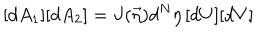
[ d A _ { 1 } ] [ d A _ { 2 } ] = J ( \vec { \eta } ) d ^ { N } \eta \, [ d U ] [ d V ]